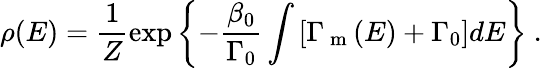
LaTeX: \rho(E)=\frac{1}{Z}\exp\left\{ -\frac{\beta_{0}}{\Gamma_{0}}\int{[\Gamma_{\mathrm{~m~}}(E)+\Gamma_{0}]}dE\right\} \mathrm{~.~}